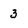
Character: 3